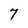
Character: 7